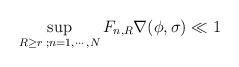
LaTeX: \begin{align*}\sup_{R\ge r\;;n=1,\cdots,N}F_{n,R}\nabla(\phi,\sigma)\ll 1\end{align*}